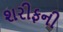
શરીફની